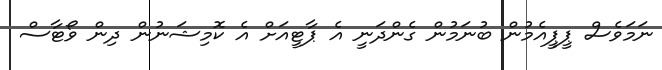
ނަމަވެސް ޕީޕީއެމުން ބުނަމުން ގެންދަނީ އެ ޕާޓީއަށް އެ ކޮމިޝަނުން ދިން ވޯޓާސް